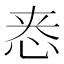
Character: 𫺁